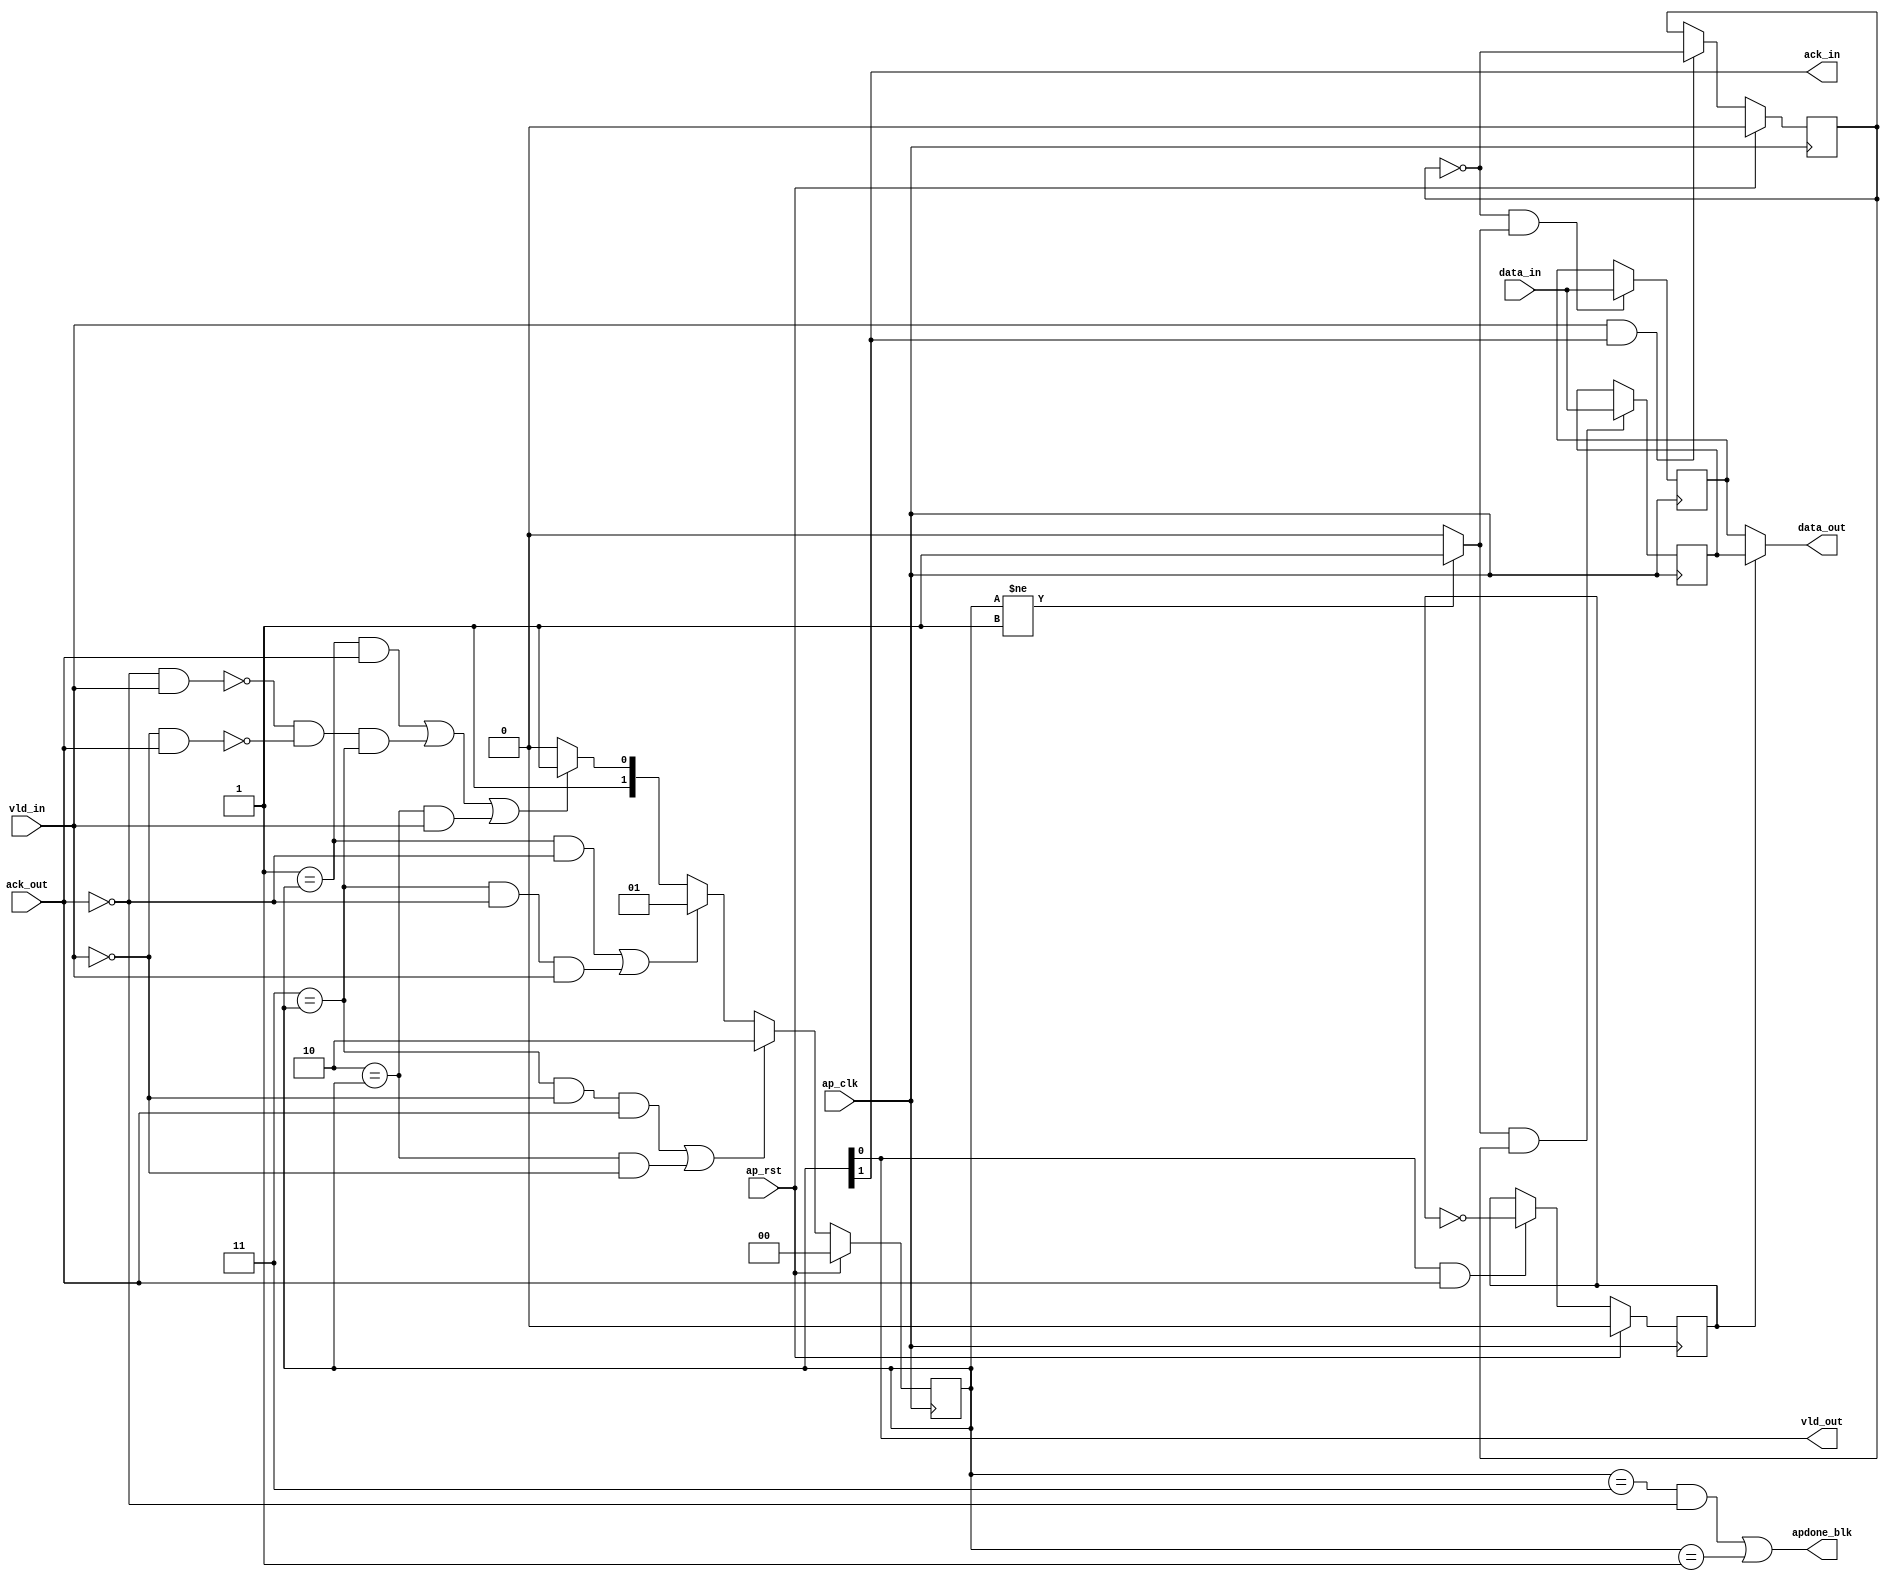
// Copyright (C) 2022, Advanced Micro Devices, Inc. All rights reserved.
// SPDX-License-Identifier: MIT
// ==============================================================
// ==============================================================

`timescale 1ns/1ps

module testDec_regslice_both
#(parameter 
    DataWidth=32
)(
    input ap_clk ,
    input ap_rst,

    input [DataWidth-1:0] data_in , 
    input vld_in , 
    output ack_in ,
    output [DataWidth-1:0] data_out, 
    output vld_out,
    input ack_out,
    output apdone_blk
);
 

reg   [1:0] B_V_data_1_state;
wire   [DataWidth-1:0] B_V_data_1_data_in;
reg   [DataWidth-1:0] B_V_data_1_data_out;
wire    B_V_data_1_vld_reg;
wire    B_V_data_1_vld_in;
wire    B_V_data_1_vld_out;
reg   [DataWidth-1:0] B_V_data_1_payload_A;
reg   [DataWidth-1:0] B_V_data_1_payload_B;
reg    B_V_data_1_sel_rd;
reg    B_V_data_1_sel_wr;
wire    B_V_data_1_sel;
wire    B_V_data_1_load_A;
wire    B_V_data_1_load_B;
wire    B_V_data_1_state_cmp_full;
wire    B_V_data_1_ack_in;
wire    B_V_data_1_ack_out;

always @ (posedge ap_clk) begin
    if (ap_rst == 1'b1) begin
        B_V_data_1_sel_rd <= 1'b0;
    end else begin
        if (((1'b1 == B_V_data_1_vld_out) & (1'b1 == B_V_data_1_ack_out))) begin
            B_V_data_1_sel_rd <= ~B_V_data_1_sel_rd;
        end else begin
            B_V_data_1_sel_rd <= B_V_data_1_sel_rd;
        end
    end
end

always @ (posedge ap_clk) begin
    if (ap_rst == 1'b1) begin
        B_V_data_1_sel_wr <= 1'b0;
    end else begin
        if (((1'b1 == B_V_data_1_vld_in) & (1'b1 == B_V_data_1_ack_in))) begin
            B_V_data_1_sel_wr <= ~B_V_data_1_sel_wr;
        end else begin
            B_V_data_1_sel_wr <= B_V_data_1_sel_wr;
        end
    end
end

always @ (posedge ap_clk) begin
    if (ap_rst == 1'b1) begin
        B_V_data_1_state <= 2'd0;
    end else begin
        if ((((2'd3 == B_V_data_1_state) & (1'b0 == B_V_data_1_vld_in) & (1'b1 == B_V_data_1_ack_out)) | ((2'd2 == B_V_data_1_state) & (1'b0 == B_V_data_1_vld_in)))) begin
            B_V_data_1_state <= 2'd2;
        end else if ((((2'd1 == B_V_data_1_state) & (1'b0 == B_V_data_1_ack_out)) | ((2'd3 == B_V_data_1_state) & (1'b0 == B_V_data_1_ack_out) & (1'b1 == B_V_data_1_vld_in)))) begin
            B_V_data_1_state <= 2'd1;
        end else if ((((2'd1 == B_V_data_1_state) & (1'b1 == B_V_data_1_ack_out)) | (~((1'b0 == B_V_data_1_ack_out) & (1'b1 == B_V_data_1_vld_in)) & ~((1'b0 == B_V_data_1_vld_in) & (1'b1 == B_V_data_1_ack_out)) & (2'd3 == B_V_data_1_state)) | ((2'd2 == B_V_data_1_state) & (1'b1 == B_V_data_1_vld_in)))) begin
            B_V_data_1_state <= 2'd3;
        end else begin
            B_V_data_1_state <= 2'd2;
        end
    end
end

always @ (posedge ap_clk) begin
    if ((1'b1 == B_V_data_1_load_A)) begin
        B_V_data_1_payload_A <= B_V_data_1_data_in;
    end
end

always @ (posedge ap_clk) begin
    if ((1'b1 == B_V_data_1_load_B)) begin
        B_V_data_1_payload_B <= B_V_data_1_data_in;
    end
end

always @ (*) begin
    if ((1'b1 == B_V_data_1_sel)) begin
        B_V_data_1_data_out = B_V_data_1_payload_B;
    end else begin
        B_V_data_1_data_out = B_V_data_1_payload_A;
    end
end

assign B_V_data_1_ack_in = B_V_data_1_state[1'd1];
assign B_V_data_1_load_A = (~B_V_data_1_sel_wr & B_V_data_1_state_cmp_full);
assign B_V_data_1_load_B = (B_V_data_1_state_cmp_full & B_V_data_1_sel_wr);
assign B_V_data_1_sel = B_V_data_1_sel_rd;
assign B_V_data_1_state_cmp_full = ((B_V_data_1_state != 2'd1) ? 1'b1 : 1'b0);
assign B_V_data_1_vld_out = B_V_data_1_state[1'd0];

assign ack_in = B_V_data_1_ack_in;
assign B_V_data_1_data_in = data_in;
assign B_V_data_1_vld_in = vld_in;

assign vld_out = B_V_data_1_vld_out;
assign data_out = B_V_data_1_data_out;
assign B_V_data_1_ack_out = ack_out;

assign apdone_blk = ((B_V_data_1_state == 2'd3 && ack_out == 1'b0) | (B_V_data_1_state == 2'd1));

endmodule // both

module testDec_regslice_both_w1
#(parameter 
    DataWidth=1
)(
    input ap_clk ,
    input ap_rst,

    input data_in , 
    input vld_in , 
    output ack_in ,
    output data_out, 
    output vld_out,
    input ack_out,
    output apdone_blk
);

reg     [1:0] B_V_data_1_state;
wire    B_V_data_1_data_in;
reg     B_V_data_1_data_out;
wire    B_V_data_1_vld_reg;
wire    B_V_data_1_vld_in;
wire    B_V_data_1_vld_out;
reg     B_V_data_1_payload_A;
reg     B_V_data_1_payload_B;
reg     B_V_data_1_sel_rd;
reg     B_V_data_1_sel_wr;
wire    B_V_data_1_sel;
wire    B_V_data_1_load_A;
wire    B_V_data_1_load_B;
wire    B_V_data_1_state_cmp_full;
wire    B_V_data_1_ack_in;
wire    B_V_data_1_ack_out;

always @ (posedge ap_clk) begin
    if (ap_rst == 1'b1) begin
        B_V_data_1_sel_rd <= 1'b0;
    end else begin
        if (((1'b1 == B_V_data_1_vld_out) & (1'b1 == B_V_data_1_ack_out))) begin
            B_V_data_1_sel_rd <= ~B_V_data_1_sel_rd;
        end else begin
            B_V_data_1_sel_rd <= B_V_data_1_sel_rd;
        end
    end
end

always @ (posedge ap_clk) begin
    if (ap_rst == 1'b1) begin
        B_V_data_1_sel_wr <= 1'b0;
    end else begin
        if (((1'b1 == B_V_data_1_vld_in) & (1'b1 == B_V_data_1_ack_in))) begin
            B_V_data_1_sel_wr <= ~B_V_data_1_sel_wr;
        end else begin
            B_V_data_1_sel_wr <= B_V_data_1_sel_wr;
        end
    end
end

always @ (posedge ap_clk) begin
    if (ap_rst == 1'b1) begin
        B_V_data_1_state <= 2'd0;
    end else begin
        if ((((2'd3 == B_V_data_1_state) & (1'b0 == B_V_data_1_vld_in) & (1'b1 == B_V_data_1_ack_out)) | ((2'd2 == B_V_data_1_state) & (1'b0 == B_V_data_1_vld_in)))) begin
            B_V_data_1_state <= 2'd2;
        end else if ((((2'd1 == B_V_data_1_state) & (1'b0 == B_V_data_1_ack_out)) | ((2'd3 == B_V_data_1_state) & (1'b0 == B_V_data_1_ack_out) & (1'b1 == B_V_data_1_vld_in)))) begin
            B_V_data_1_state <= 2'd1;
        end else if ((((2'd1 == B_V_data_1_state) & (1'b1 == B_V_data_1_ack_out)) | (~((1'b0 == B_V_data_1_ack_out) & (1'b1 == B_V_data_1_vld_in)) & ~((1'b0 == B_V_data_1_vld_in) & (1'b1 == B_V_data_1_ack_out)) & (2'd3 == B_V_data_1_state)) | ((2'd2 == B_V_data_1_state) & (1'b1 == B_V_data_1_vld_in)))) begin
            B_V_data_1_state <= 2'd3;
        end else begin
            B_V_data_1_state <= 2'd2;
        end
    end
end

always @ (posedge ap_clk) begin
    if ((1'b1 == B_V_data_1_load_A)) begin
        B_V_data_1_payload_A <= B_V_data_1_data_in;
    end
end

always @ (posedge ap_clk) begin
    if ((1'b1 == B_V_data_1_load_B)) begin
        B_V_data_1_payload_B <= B_V_data_1_data_in;
    end
end

always @ (*) begin
    if ((1'b1 == B_V_data_1_sel)) begin
        B_V_data_1_data_out = B_V_data_1_payload_B;
    end else begin
        B_V_data_1_data_out = B_V_data_1_payload_A;
    end
end

assign B_V_data_1_ack_in = B_V_data_1_state[1'd1];
assign B_V_data_1_load_A = (~B_V_data_1_sel_wr & B_V_data_1_state_cmp_full);
assign B_V_data_1_load_B = (B_V_data_1_state_cmp_full & B_V_data_1_sel_wr);
assign B_V_data_1_sel = B_V_data_1_sel_rd;
assign B_V_data_1_state_cmp_full = ((B_V_data_1_state != 2'd1) ? 1'b1 : 1'b0);
assign B_V_data_1_vld_out = B_V_data_1_state[1'd0];

assign ack_in = B_V_data_1_ack_in;
assign B_V_data_1_data_in = data_in;
assign B_V_data_1_vld_in = vld_in;

assign vld_out = B_V_data_1_vld_out;
assign data_out = B_V_data_1_data_out;
assign B_V_data_1_ack_out = ack_out;

assign apdone_blk = ((B_V_data_1_state == 2'd3 && ack_out == 1'b0) | (B_V_data_1_state == 2'd1));

endmodule // both